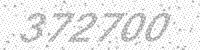
Solution: 372700